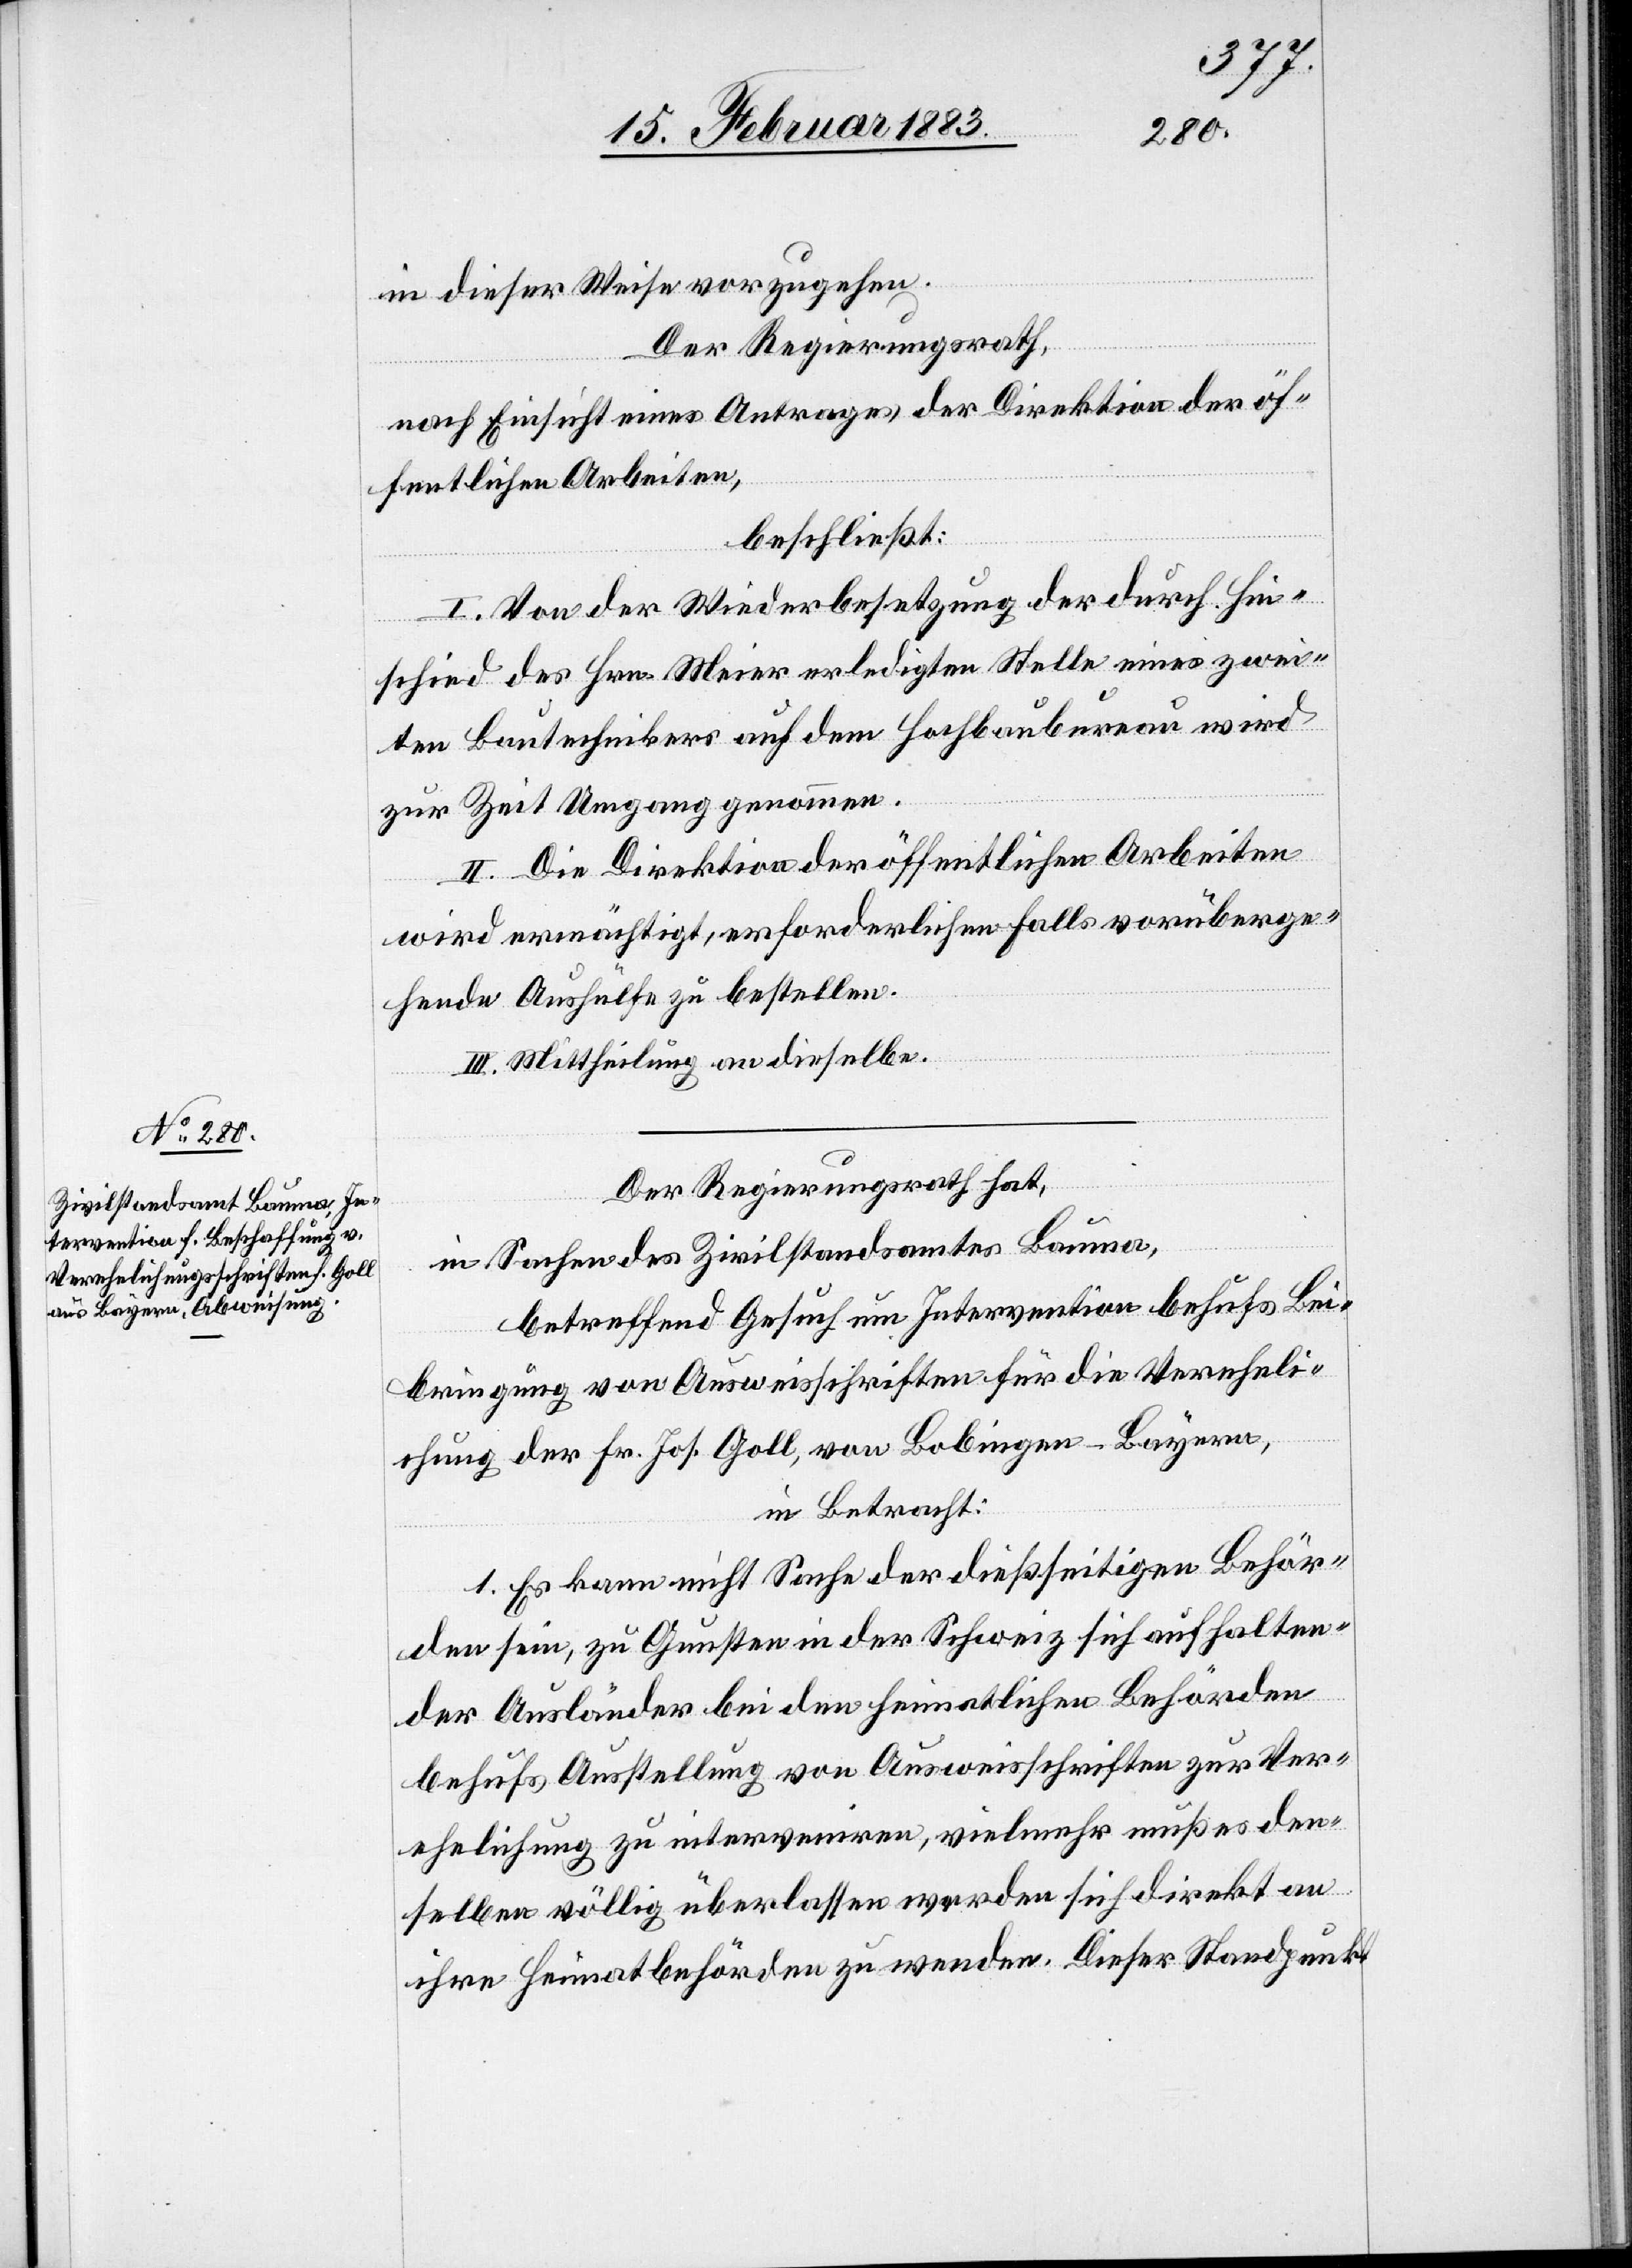
in dieser Weise vorzugehen.
Der Regierungsrath,
nach Einsicht eines Antrages der Direktion der öf¬
fentlichen Arbeiten,
beschließt:
I. Von der Wiederbesetzung der durch Hin¬
schied des Hrn. Meier erledigten Stelle eines zwei¬
ten Bautechnikers auf dem Hochbaubureau wird
zur Zeit Umgang genommen.
II. Die Direktion der öffentlichen Arbeiten
wird ermächtigt, erforderlichen Falls vorüberge¬
hende Aushülfe zu bestellen.
III. Mittheilung an dieselbe.
Der Regierungsrath hat,
in Sachen des Zivilstandsamtes Bauma,
betreffend Gesuch um Intervention behufs Bei¬
bringung von Ausweisschriften für die Vereheli¬
chung der [sic!] Fr. Jos. Goll, von Bobingen - Bayern,
in Betracht:
1. Es kann nicht Sache der dießseitigen Behör¬
den sein, zu Gunsten in der Schweiz sich aufhalten¬
der Ausländer bei den heimatlichen Behörden
behufs Ausstellung von Ausweisschriften zur Ver¬
ehelichung zu interveniren, vielmehr muß es den¬
selben völlig überlassen werden sich direkt an
ihre Heimatbehörden zu wenden. Dieser Standpunkt